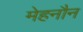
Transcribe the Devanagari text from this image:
मेहनौन